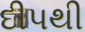
દીપથી